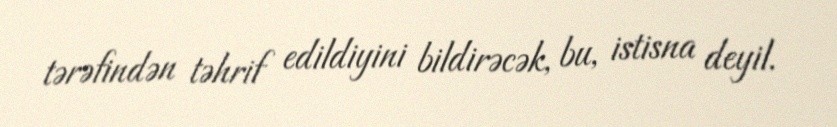
tərəfindən təhrif edildiyini bildirəcək, bu, istisna deyil.